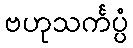
ဗဟုသင်္ကပ္ပံ